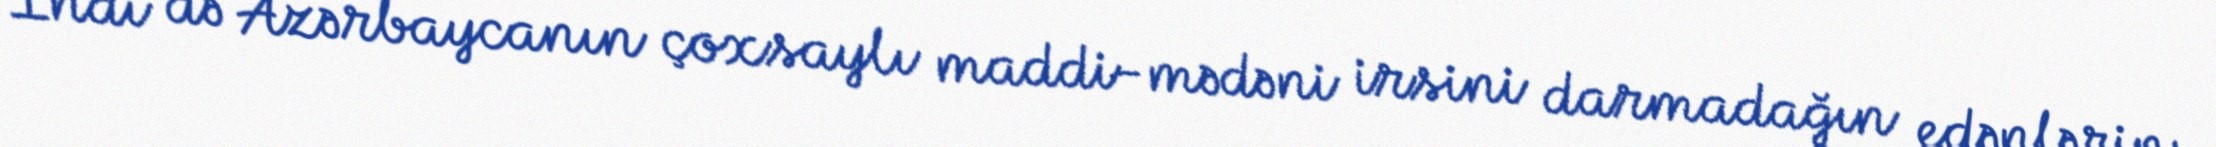
İndi də Azərbaycanın çoxsaylı maddi-mədəni irsini darmadağın edənlərin